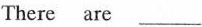
There are ___